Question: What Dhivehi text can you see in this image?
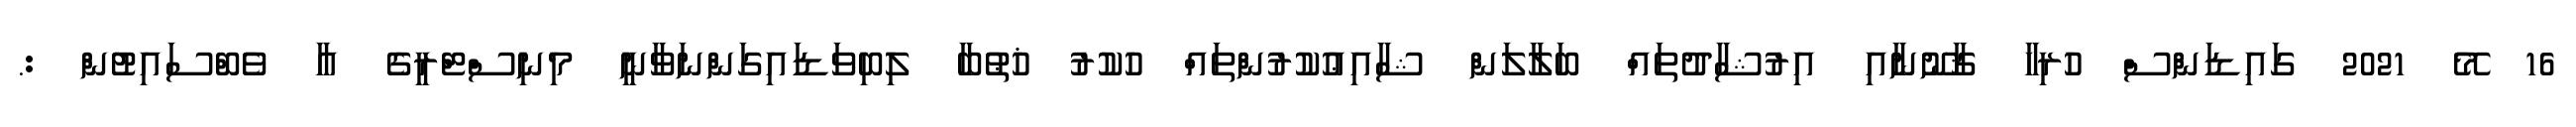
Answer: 16 މޭ 2021 ގައިޑަންސް ހުރިހާ ޤާނޫނާއި އިރުޝާދުތައް ބަލާލަން ޝާއިޢުކުރުންތައް ހުކުރު ޚުޠުބާ ލިބިވަޑައިގަންނަވާނީ މިނިސްޓްރީގެ އާ ވެބްސައިޓުން :.